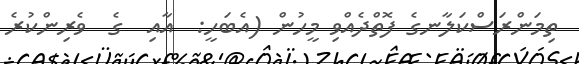
ތިމަންރަސްކަލާނގެ ފޮތްދެއްވި މީހުން (އެބަހީ:  އާއި  ގެ  ވެރިންކުރެ